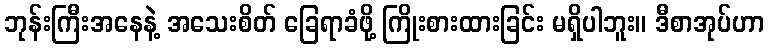
ဘုန်းကြီးအနေနဲ့ အသေးစိတ် ခြေရာခံဖို့ ကြိုးစားထားခြင်း မရှိပါဘူး။ ဒီစာအုပ်ဟာ